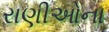
રાણીઓના